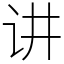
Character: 讲